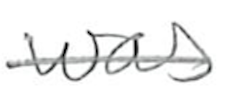
Text: was
Cross-out: single-line
Writing tool: pencil